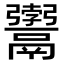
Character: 𩱚